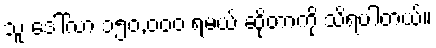
သူ ဒေါ်လာ ၁၅၀,၀၀၀ ရမယ် ဆိုတာကို သိရပါတယ်။